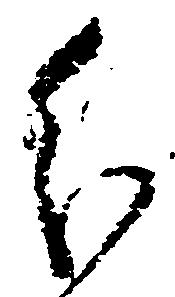
分